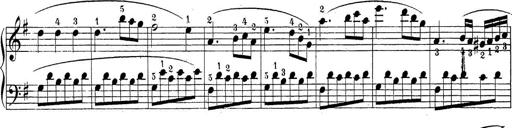
Title: Sonatina Album
Composer: Louis KÃ¶hler